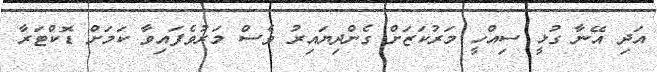
އަދި އޭނާ ގުޅީ ސިއްހީ މަރުކަޒަށް ގެންދިޔައިރު ވެސް މަރުވެފައިވާ ކަމަށް ޑޮކްޓަރާ